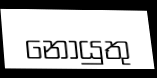
නොයුතු